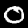
Digit: 0